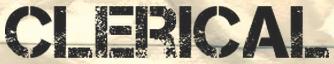
CLERICAL